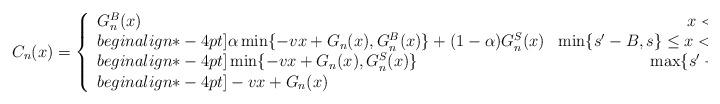
LaTeX: \begin{align*}C_n(x)=\left\{\begin{array}{lrlr}G^B_n(x)&x< \min\{s'-B,s\}\\begin{align*}-4pt]\alpha\min\{-vx+G_n(x),G^B_n(x)\}+(1-\alpha)G^S_n(x)&\min\{s'-B,s\} \leq x < \max\{s'-B,s\} \\begin{align*}-4pt]\min\{-vx+G_n(x),G^S_n(x)\}&\max\{s'-B,s\} \leq x \leq s'\\begin{align*}-4pt]-vx+G_n(x)&x> s'\end{array}\right.\end{align*}